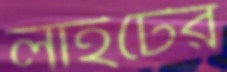
লাইটের